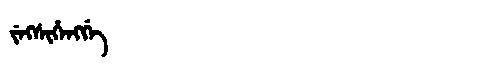
Manchu: ᠵᡝᡴᠰᡳᡥᡝᠩᡤᡝ
Romanization: JEKSIHENGGE